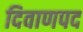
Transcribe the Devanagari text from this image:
दिवाणपद